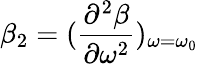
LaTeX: \beta_{2}=(\frac{\partial^{2}\beta}{\partial\omega^{2}})_{\omega=\omega_{0}}